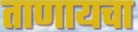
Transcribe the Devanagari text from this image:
ताणायचा